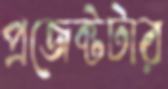
প্রজেক্টটার